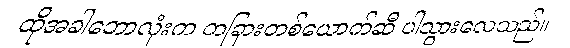
ထိုအခါဘောလုံးက တခြားတစ်ယောက်ဆီ ပါသွားလေသည်။